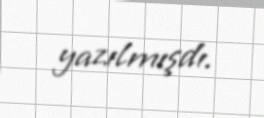
yazılmışdı.